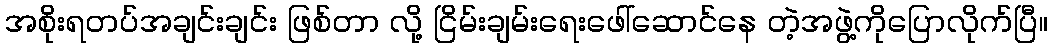
အစိုးရတပ်အချင်းချင်း ဖြစ်တာ လို့ ငြိမ်းချမ်းရေးဖေါ်ဆောင်နေ တဲ့အဖွဲ့ကိုပြောလိုက်ပြီ။